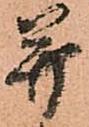
并